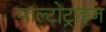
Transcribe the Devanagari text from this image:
माल्टोट्राइज